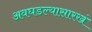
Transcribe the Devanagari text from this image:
अवघडल्यासारखं